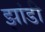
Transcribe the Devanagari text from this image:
झांडी